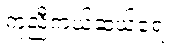
ကူညီကယ်ဆယ်ရေး